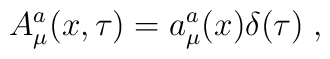
A_{\mu}^{a} ( x, \tau ) =  a_{\mu}^{a} ( x ) \delta ( \tau ) \; ,